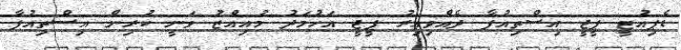
ޑެޕިއުޓީ ޕީޖީ އިސްތިއުފާ ދެއްވިއިރު ޕީޖީ އަހުމަދު މުއިއްޒު ވަނީ ކުރިން އިސްތިއުފާ